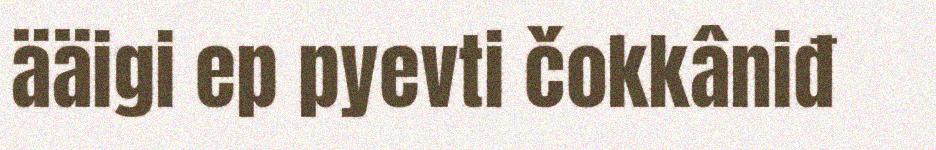
ääigi ep pyevti čokkâniđ